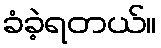
ခံခဲ့ရတယ်။